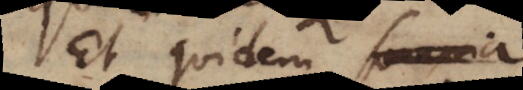
Et quidem somnia